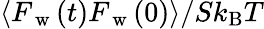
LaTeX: \langle F_{\mathrm{~w~}}(t)F_{\mathrm{~w~}}(0)\rangle/Sk_{\mathrm{B}}T